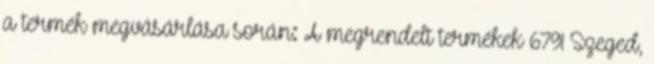
a termék megvásárlása során: A megrendelt termékek 6791 Szeged,